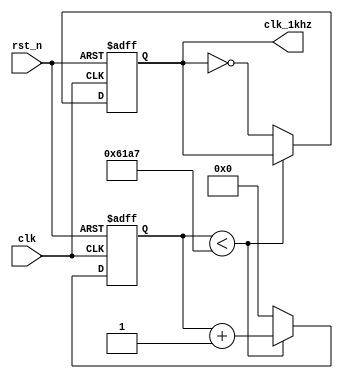
//50MHZ---->1KHZ
module freq(clk,rst_n,clk_1khz);

	input clk;															//50MHZ
	input rst_n;														//
	
	output reg clk_1khz;												//1KHZ
	
	reg [25:0] cnt;													//26
	
	parameter cnt_num = 50_000_000 / 1000 / 2 - 1;			//050_000_000/1000/2-11KHZ
	
	//
	always @ (posedge clk or negedge rst_n)					//
	begin
		if(!rst_n)														//
			begin
				cnt <= 26'd0;											//26d00
				clk_1khz <= 1'b0;										//1b00
			end
		else																//
			begin
				if(cnt < cnt_num)										//1KHZ
					begin
						cnt <= cnt + 26'd1;							//
					end
				else														//1KHZ
					begin
						cnt <= 26'd0;									//
						clk_1khz <= ~clk_1khz;						//50%0.5s0.5s
					end
			end	
	end

endmodule